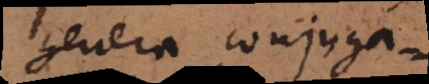
genera, conjuga